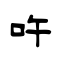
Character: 吘